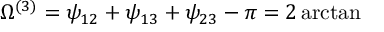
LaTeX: \Omega ^ { ( 3 ) } = \psi _ { 1 2 } + \psi _ { 1 3 } + \psi _ { 2 3 } - \pi = 2 \arctan